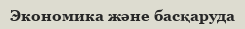
Экономика және басқаруда